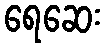
ရေဆေး